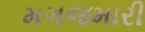
મગજમારી